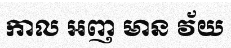
កាល អញ មាន វ័យ